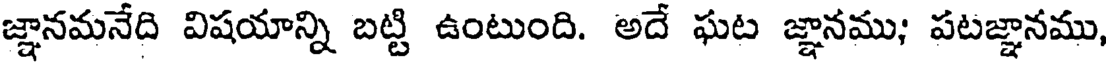
జ్ఞానమనేది విషయాన్ని బట్టి ఉంటుంది. అదే ఘట జ్ఞానము; పటజ్ఞానము,